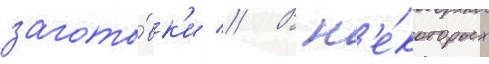
загото́вк'и // В н'е́которых